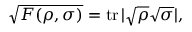
{ \sqrt { F ( \rho , \sigma ) } } = \operatorname { t r } | { \sqrt { \rho } } { \sqrt { \sigma } } | ,